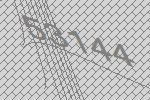
53144